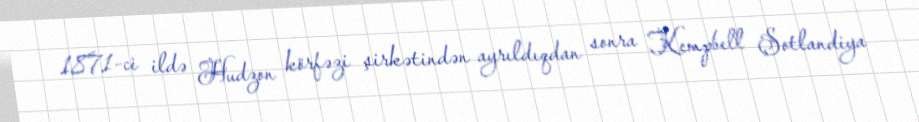
1871-ci ildə Hudzon körfəzi şirkətindən ayrıldıqdan sonra Kempbell Şotlandiya